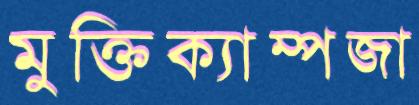
মুক্তিক্যাম্পজা